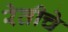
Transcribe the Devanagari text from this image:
रेतीचे